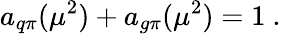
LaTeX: a_{q\pi}(\mu^{2})+a_{g\pi}(\mu^{2})=1\mathrm{\ .}